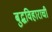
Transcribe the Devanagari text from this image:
बुद्धविहाराची